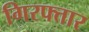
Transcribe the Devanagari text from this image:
गिरफ्त्तार